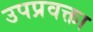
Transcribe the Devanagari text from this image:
उपप्रवक्ता